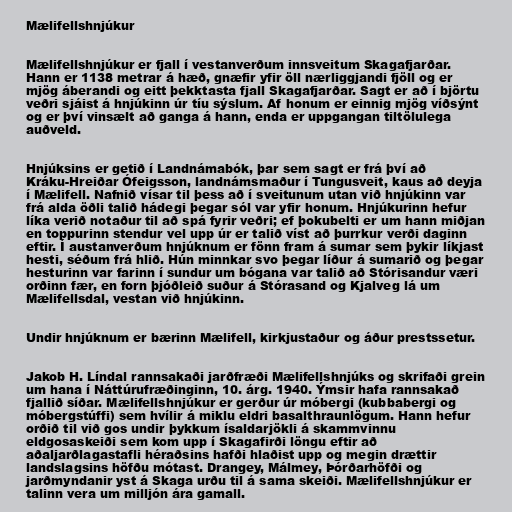
Mælifellshnjúkur

Mælifellshnjúkur er fjall í vestanverðum innsveitum Skagafjarðar.
Hann er 1138 metrar á hæð, gnæfir yfir öll nærliggjandi fjöll og er
mjög áberandi og eitt þekktasta fjall Skagafjarðar. Sagt er að í björtu
veðri sjáist á hnjúkinn úr tíu sýslum. Af honum er einnig mjög víðsýnt
og er því vinsælt að ganga á hann, enda er uppgangan tiltölulega
auðveld.

Hnjúksins er getið í Landnámabók, þar sem sagt er frá því að
Kráku-Hreiðar Ófeigsson, landnámsmaður í Tungusveit, kaus að deyja
í Mælifell. Nafnið vísar til þess að í sveitunum utan við hnjúkinn var
frá alda öðli talið hádegi þegar sól var yfir honum. Hnjúkurinn hefur
líka verið notaður til að spá fyrir veðri; ef þokubelti er um hann miðjan
en toppurinn stendur vel upp úr er talið víst að þurrkur verði daginn
eftir. Í austanverðum hnjúknum er fönn fram á sumar sem þykir líkjast
hesti, séðum frá hlið. Hún minnkar svo þegar líður á sumarið og þegar
hesturinn var farinn í sundur um bógana var talið að Stórisandur væri
orðinn fær, en forn þjóðleið suður á Stórasand og Kjalveg lá um
Mælifellsdal, vestan við hnjúkinn.

Undir hnjúknum er bærinn Mælifell, kirkjustaður og áður prestssetur.

Jakob H. Líndal rannsakaði jarðfræði Mælifellshnjúks og skrifaði grein
um hana í Náttúrufræðinginn, 10. árg. 1940. Ýmsir hafa rannsakað
fjallið síðar. Mælifellshnjúkur er gerður úr móbergi (kubbabergi og
móbergstúffi) sem hvílir á miklu eldri basalthraunlögum. Hann hefur
orðið til við gos undir þykkum ísaldarjökli á skammvinnu
eldgosaskeiði sem kom upp í Skagafirði löngu eftir að
aðaljarðlagastafli héraðsins hafði hlaðist upp og megin drættir
landslagsins höfðu mótast. Drangey, Málmey, Þórðarhöfði og
jarðmyndanir yst á Skaga urðu til á sama skeiði. Mælifellshnjúkur er
talinn vera um milljón ára gamall.